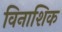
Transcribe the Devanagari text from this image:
विनाशिक